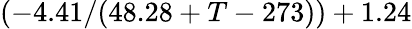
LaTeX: (-4.41/(48.28+T-273))+1.24